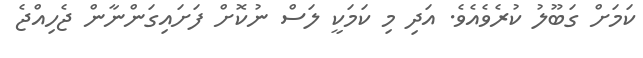
ކަމަށް ގަބޫލު ކުރެވެއެވެ. އަދި މި ކަމަކީ ލަސް ނުކޮށް ފަށައިގަންނާން ޖެހިއްޖެ